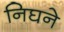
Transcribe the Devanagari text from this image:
निघने